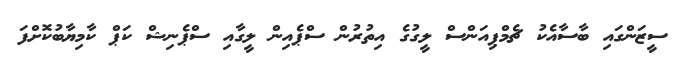
ސީޒަންގައި ބާސާއެކު ޗެމްޕިއަންސް ލީގުގެެ އިތުރުން ސްޕެއިން ލީގާއި ސްޕެނިޝް ކަޕް ކާމިޔާބުކޮށްފަ